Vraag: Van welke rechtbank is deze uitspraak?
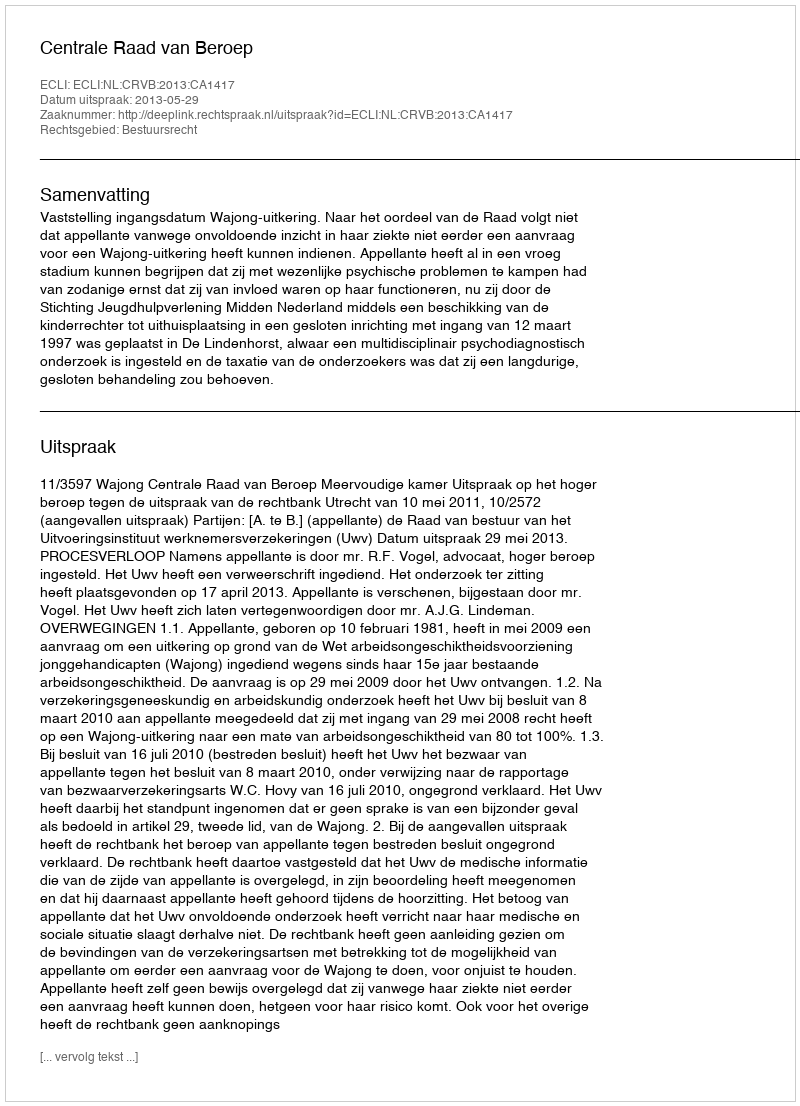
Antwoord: Centrale Raad van Beroep